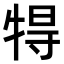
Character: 𤙰